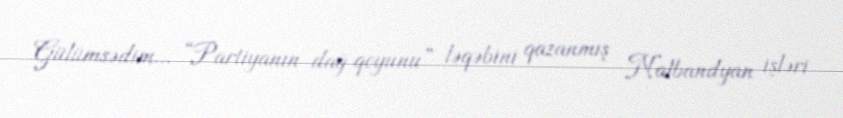
Gülümsədim... “Partiyanın dağ qoyunu” ləqəbini qazanmış Nalbandyan işləri